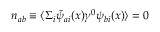
n _ { a b } \equiv \langle \Sigma _ { i } { \bar { \psi } } _ { a i } ( x ) \gamma ^ { 0 } \psi _ { b i } ( x ) \rangle = 0